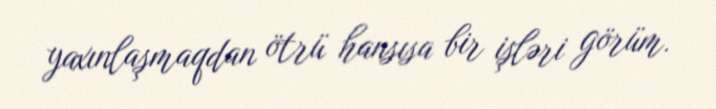
yaxınlaşmaqdan ötrü hansısa bir işləri görüm.